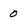
Character: 0